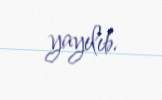
yayılıb.